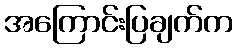
အကြောင်းပြချက်က